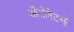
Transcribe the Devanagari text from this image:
औटोमेटनों